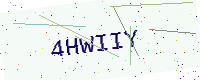
Text: 4HWIIY